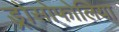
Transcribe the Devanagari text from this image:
ड्रोसोफोलिया